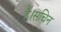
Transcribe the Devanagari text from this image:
है।सचिन